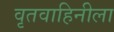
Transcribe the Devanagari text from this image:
वृतवाहिनीला